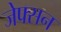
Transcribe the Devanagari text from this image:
जेफ्सन